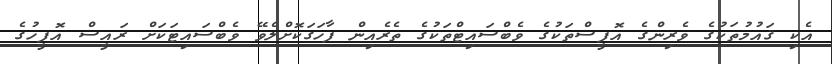
އެކި ޤައުމުތަކުގެ ވެރިންގެ އޮފީސްތަކުގެ ވެބްސައިޓްތަކުގެ ތެރެއިން ފާހަގަކޮށްލެވޭ ވެބްސައިޓަކަށް ރައީސް އޮފީހުގެ